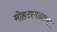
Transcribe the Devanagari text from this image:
मोहटागडाच्या